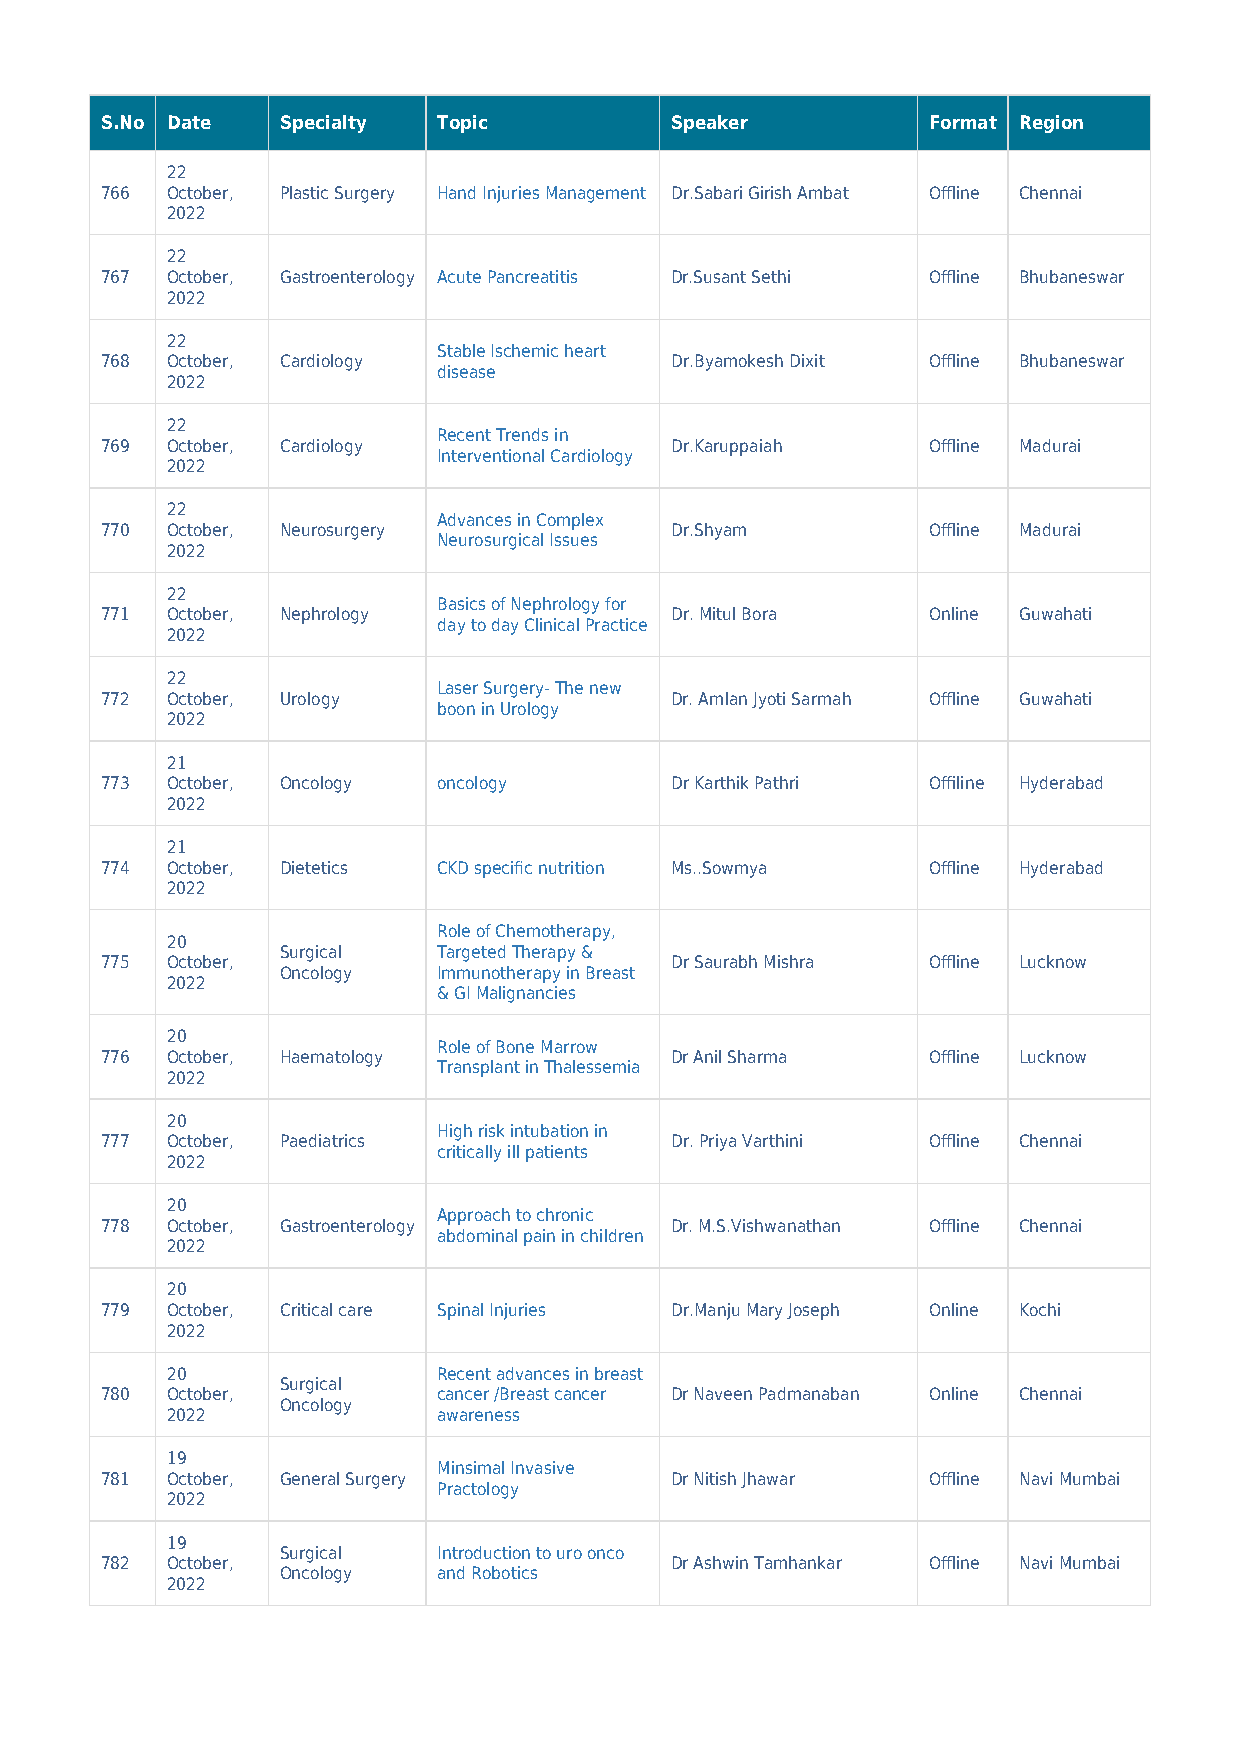
S.No Date   Specialty Topic          Speaker          Format Region
 22
 766 October, Plastic Surgery Hand Injuries Management Dr.Sabari Girish Ambat Offline Chennai
 2022
 22
 767 October, Gastroenterology Acute Pancreatitis Dr.Susant Sethi Offline Bhubaneswar
 2022
 22
 Stable Ischemic heart
 768 October, Cardiology              Dr.Byamokesh Dixit Offline Bhubaneswar
 disease
 2022
 22
 Recent Trends in
 769 October, Cardiology              Dr.Karuppaiah    Offline Madurai
 Interventional Cardiology
 2022
 22
 Advances in Complex
 770 October, Neurosurgery            Dr.Shyam         Offline Madurai
 Neurosurgical Issues
 2022
 22
 Basics of Nephrology for
 771 October, Nephrology              Dr. Mitul Bora   Online Guwahati
 day to day Clinical Practice
 2022
 22
 Laser Surgery- The new
 772 October, Urology                 Dr. Amlan Jyoti Sarmah Offline Guwahati
 boon in Urology
 2022
 21
 773 October, Oncology oncology       Dr Karthik Pathri Offiline Hyderabad
 2022
 21
 774 October, Dietetics CKD specific nutrition Ms..Sowmya Offline Hyderabad
 2022
 Role of Chemotherapy,
 20
 Surgical  Targeted Therapy &
 775 October,                         Dr Saurabh Mishra Offline Lucknow
 Oncology  Immunotherapy in Breast
 2022
 & GI Malignancies
 20
 Role of Bone Marrow
 776 October, Haematology             Dr Anil Sharma   Offline Lucknow
 Transplant in Thalessemia
 2022
 20
 High risk intubation in
 777 October, Paediatrics             Dr. Priya Varthini Offline Chennai
 critically ill patients
 2022
 20
 Approach to chronic
 778 October, Gastroenterology        Dr. M.S.Vishwanathan Offline Chennai
 abdominal pain in children
 2022
 20
 779 October, Critical care Spinal Injuries Dr.Manju Mary Joseph Online Kochi
 2022
 20                Recent advances in breast
 Surgical
 780 October,          cancer /Breast cancer Dr Naveen Padmanaban Online Chennai
 Oncology
 2022              awareness
 19
 Minsimal Invasive
 781 October, General Surgery         Dr Nitish Jhawar Offline Navi Mumbai
 Practology
 2022
 19
 Surgical  Introduction to uro onco
 782 October,                         Dr Ashwin Tamhankar Offline Navi Mumbai
 Oncology  and Robotics
 2022